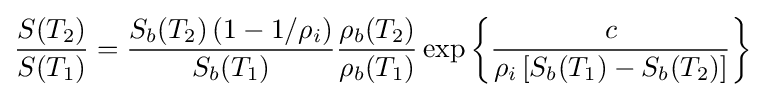
{\frac {S(T_{2})}{S(T_{1})}}={\frac {S_{b}(T_{2})\left(1-1/\rho _{i}\right)}{S_{b}(T_{1})}}{\frac {\rho _{b}(T_{2})}{\rho _{b}(T_{1})}}\exp \left\lbrace {\frac {c}{\rho _{i}\left[S_{b}(T_{1})-S_{b}(T_{2})\right]}}\right\rbrace